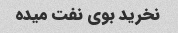
نخرید بوی نفت میده